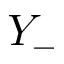
Y _ { - }